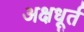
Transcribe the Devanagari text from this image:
अक्षधूर्त